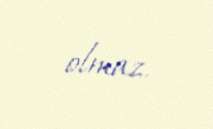
olmaz.